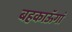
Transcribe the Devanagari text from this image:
बहकाऊॅगां